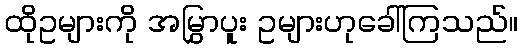
ထိုဥများကို အမြွှာပူး ဥများဟုခေါ်ကြသည်။